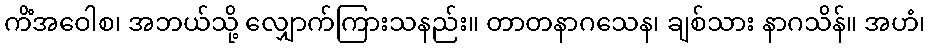
ကိံအဝေါစ၊ အဘယ်သို့ လျှောက်ကြားသနည်း။ တာတနာဂသေန၊ ချစ်သား နာဂသိန်။ အဟံ၊